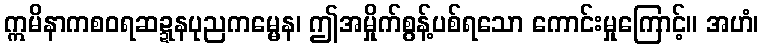
ဣမိနာကစဝရဆဍ္ဍနပုညကမ္မေန၊ ဤအမှိုက်စွန့်ပစ်ရသော ကောင်းမှုကြောင့်။ အဟံ၊